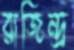
রাজিন্দ্র